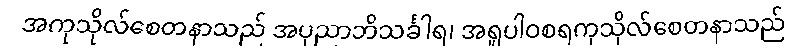
အကုသိုလ်စေတနာသည် အပုညာဘိသင်္ခါရ၊ အရူပါဝစရကုသိုလ်စေတနာသည်